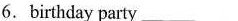
6.birthday party __-